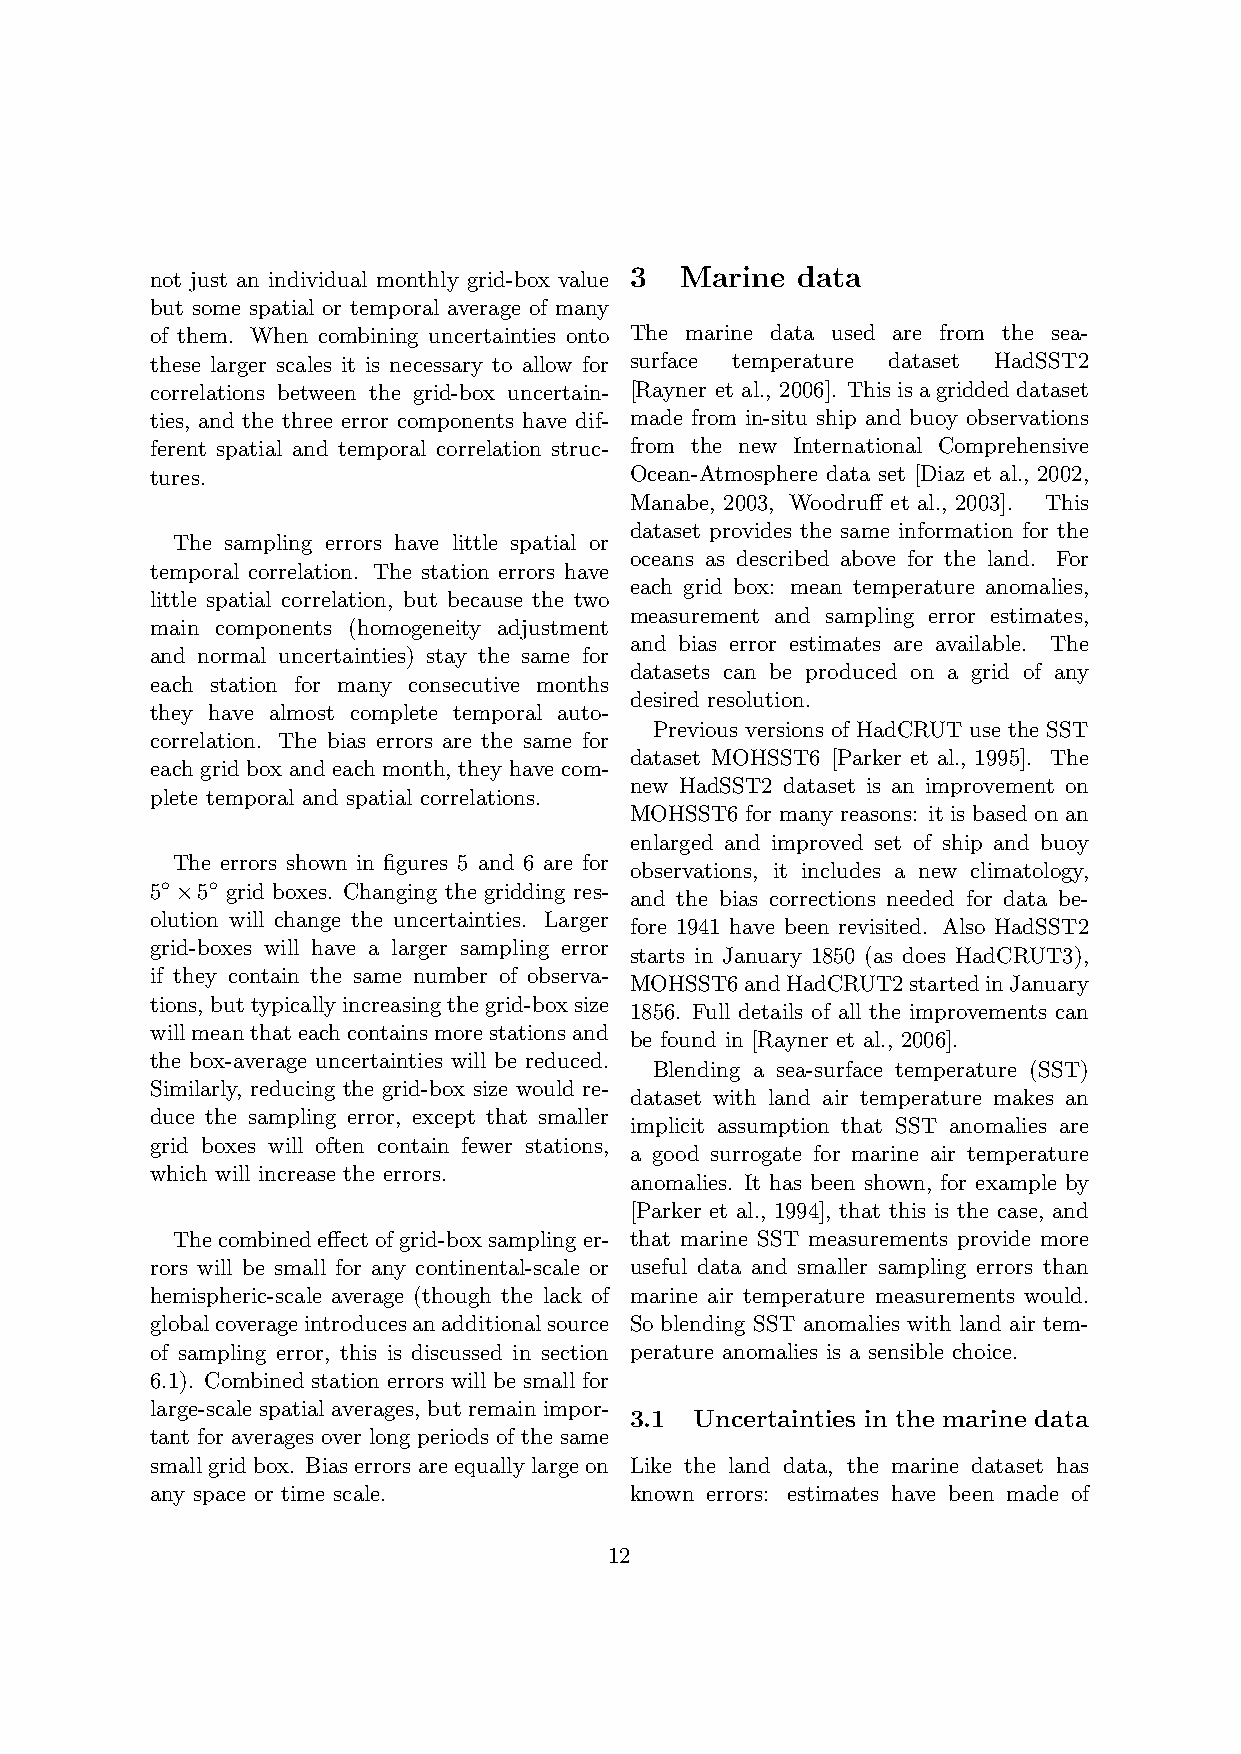
not just an individual monthly grid-box value 3 Marine data
 but some spatial or temporal average of many
 of them. When combining uncertainties onto The marine data used are from the sea-
 these larger scales it is necessary to allow for surface temperature dataset HadSST2
 correlations between the grid-box uncertain- [Rayner et al., 2006]. Thisisagriddeddataset
 ties, and the three error components have dif- made from in-situ ship and buoy observations
 ferent spatial and temporal correlation struc- from the new International Comprehensive
 tures.                          Ocean-Atmosphere data set [Diaz et al., 2002,
 Manabe, 2003, Woodruff et al., 2003]. This
 dataset provides the same information for the
 The sampling errors have little spatial or
 oceans as described above for the land. For
 temporal correlation. The station errors have
 each grid box: mean temperature anomalies,
 little spatial correlation, but because the two
 measurement and sampling error estimates,
 main components (homogeneity adjustment
 and bias error estimates are available. The
 and normal uncertainties) stay the same for
 datasets can be produced on a grid of any
 each station for many consecutive months
 desired resolution.
 they have almost complete temporal auto-
 Previous versions of HadCRUT use the SST
 correlation. The bias errors are the same for
 dataset MOHSST6 [Parker et al., 1995]. The
 each grid box and each month, they have com-
 new HadSST2 dataset is an improvement on
 plete temporal and spatial correlations.
 MOHSST6 for many reasons: it is based on an
 enlarged and improved set of ship and buoy
 The errors shown in figures 5 and 6 are for
 observations, it includes a new climatology,
 5◦×5◦ grid boxes. Changing the gridding res-
 and the bias corrections needed for data be-
 olution will change the uncertainties. Larger
 fore 1941 have been revisited. Also HadSST2
 grid-boxes will have a larger sampling error
 starts in January 1850 (as does HadCRUT3),
 if they contain the same number of observa-
 MOHSST6andHadCRUT2startedinJanuary
 tions, buttypicallyincreasingthegrid-boxsize
 1856. Full details of all the improvements can
 willmeanthateachcontainsmorestationsand
 be found in [Rayner et al., 2006].
 the box-average uncertainties will be reduced.
 Blending a sea-surface temperature (SST)
 Similarly, reducing the grid-box size would re-
 dataset with land air temperature makes an
 duce the sampling error, except that smaller
 implicit assumption that SST anomalies are
 grid boxes will often contain fewer stations,
 a good surrogate for marine air temperature
 which will increase the errors.
 anomalies. It has been shown, for example by
 [Parker et al., 1994], that this is the case, and
 Thecombinedeffectofgrid-boxsamplinger- that marine SST measurements provide more
 rors will be small for any continental-scale or useful data and smaller sampling errors than
 hemispheric-scale average (though the lack of marine air temperature measurements would.
 globalcoverageintroducesanadditionalsource So blending SST anomalies with land air tem-
 of sampling error, this is discussed in section perature anomalies is a sensible choice.
 6.1). Combined station errors will be small for
 large-scale spatial averages, but remain impor-
 3.1 Uncertainties in the marine data
 tant for averages over long periods of the same
 smallgridbox. Biaserrorsareequallylargeon Like the land data, the marine dataset has
 any space or time scale.        known errors: estimates have been made of
 12